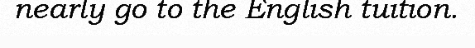
nearly go to the English tuition.